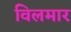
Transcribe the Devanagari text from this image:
विलमार